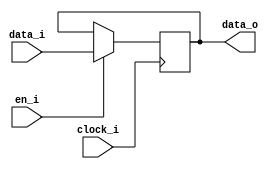
module bsg_dff_en_width_p1
(
  clock_i,
  data_i,
  en_i,
  data_o
);

  input [0:0] data_i;
  output [0:0] data_o;
  input clock_i;
  input en_i;
  reg [0:0] data_o;

  always @(posedge clock_i) begin
    if(en_i) begin
      data_o[0] <= data_i[0];
    end 
  end


endmodule